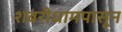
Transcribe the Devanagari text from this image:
शबरीधामपासून